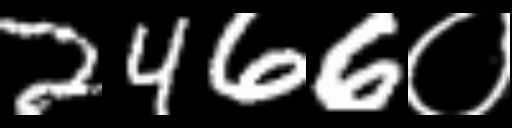
Text: 2466०